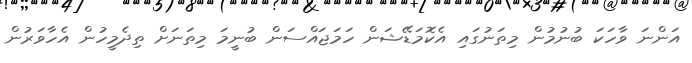
އަންނަ ވާހަކަ ބުނުމުން މިތަނުގައި އެކޮމަޑޭޝަން ހަމަޖައްސަން ބުނީމަ މިތަނަށް ތިދެމީހުން އެހާވަރުން